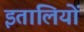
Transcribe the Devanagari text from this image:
इतालियों